38_143685_box_Incident_Summaries_101-172
Agency: Department of War
Page 162
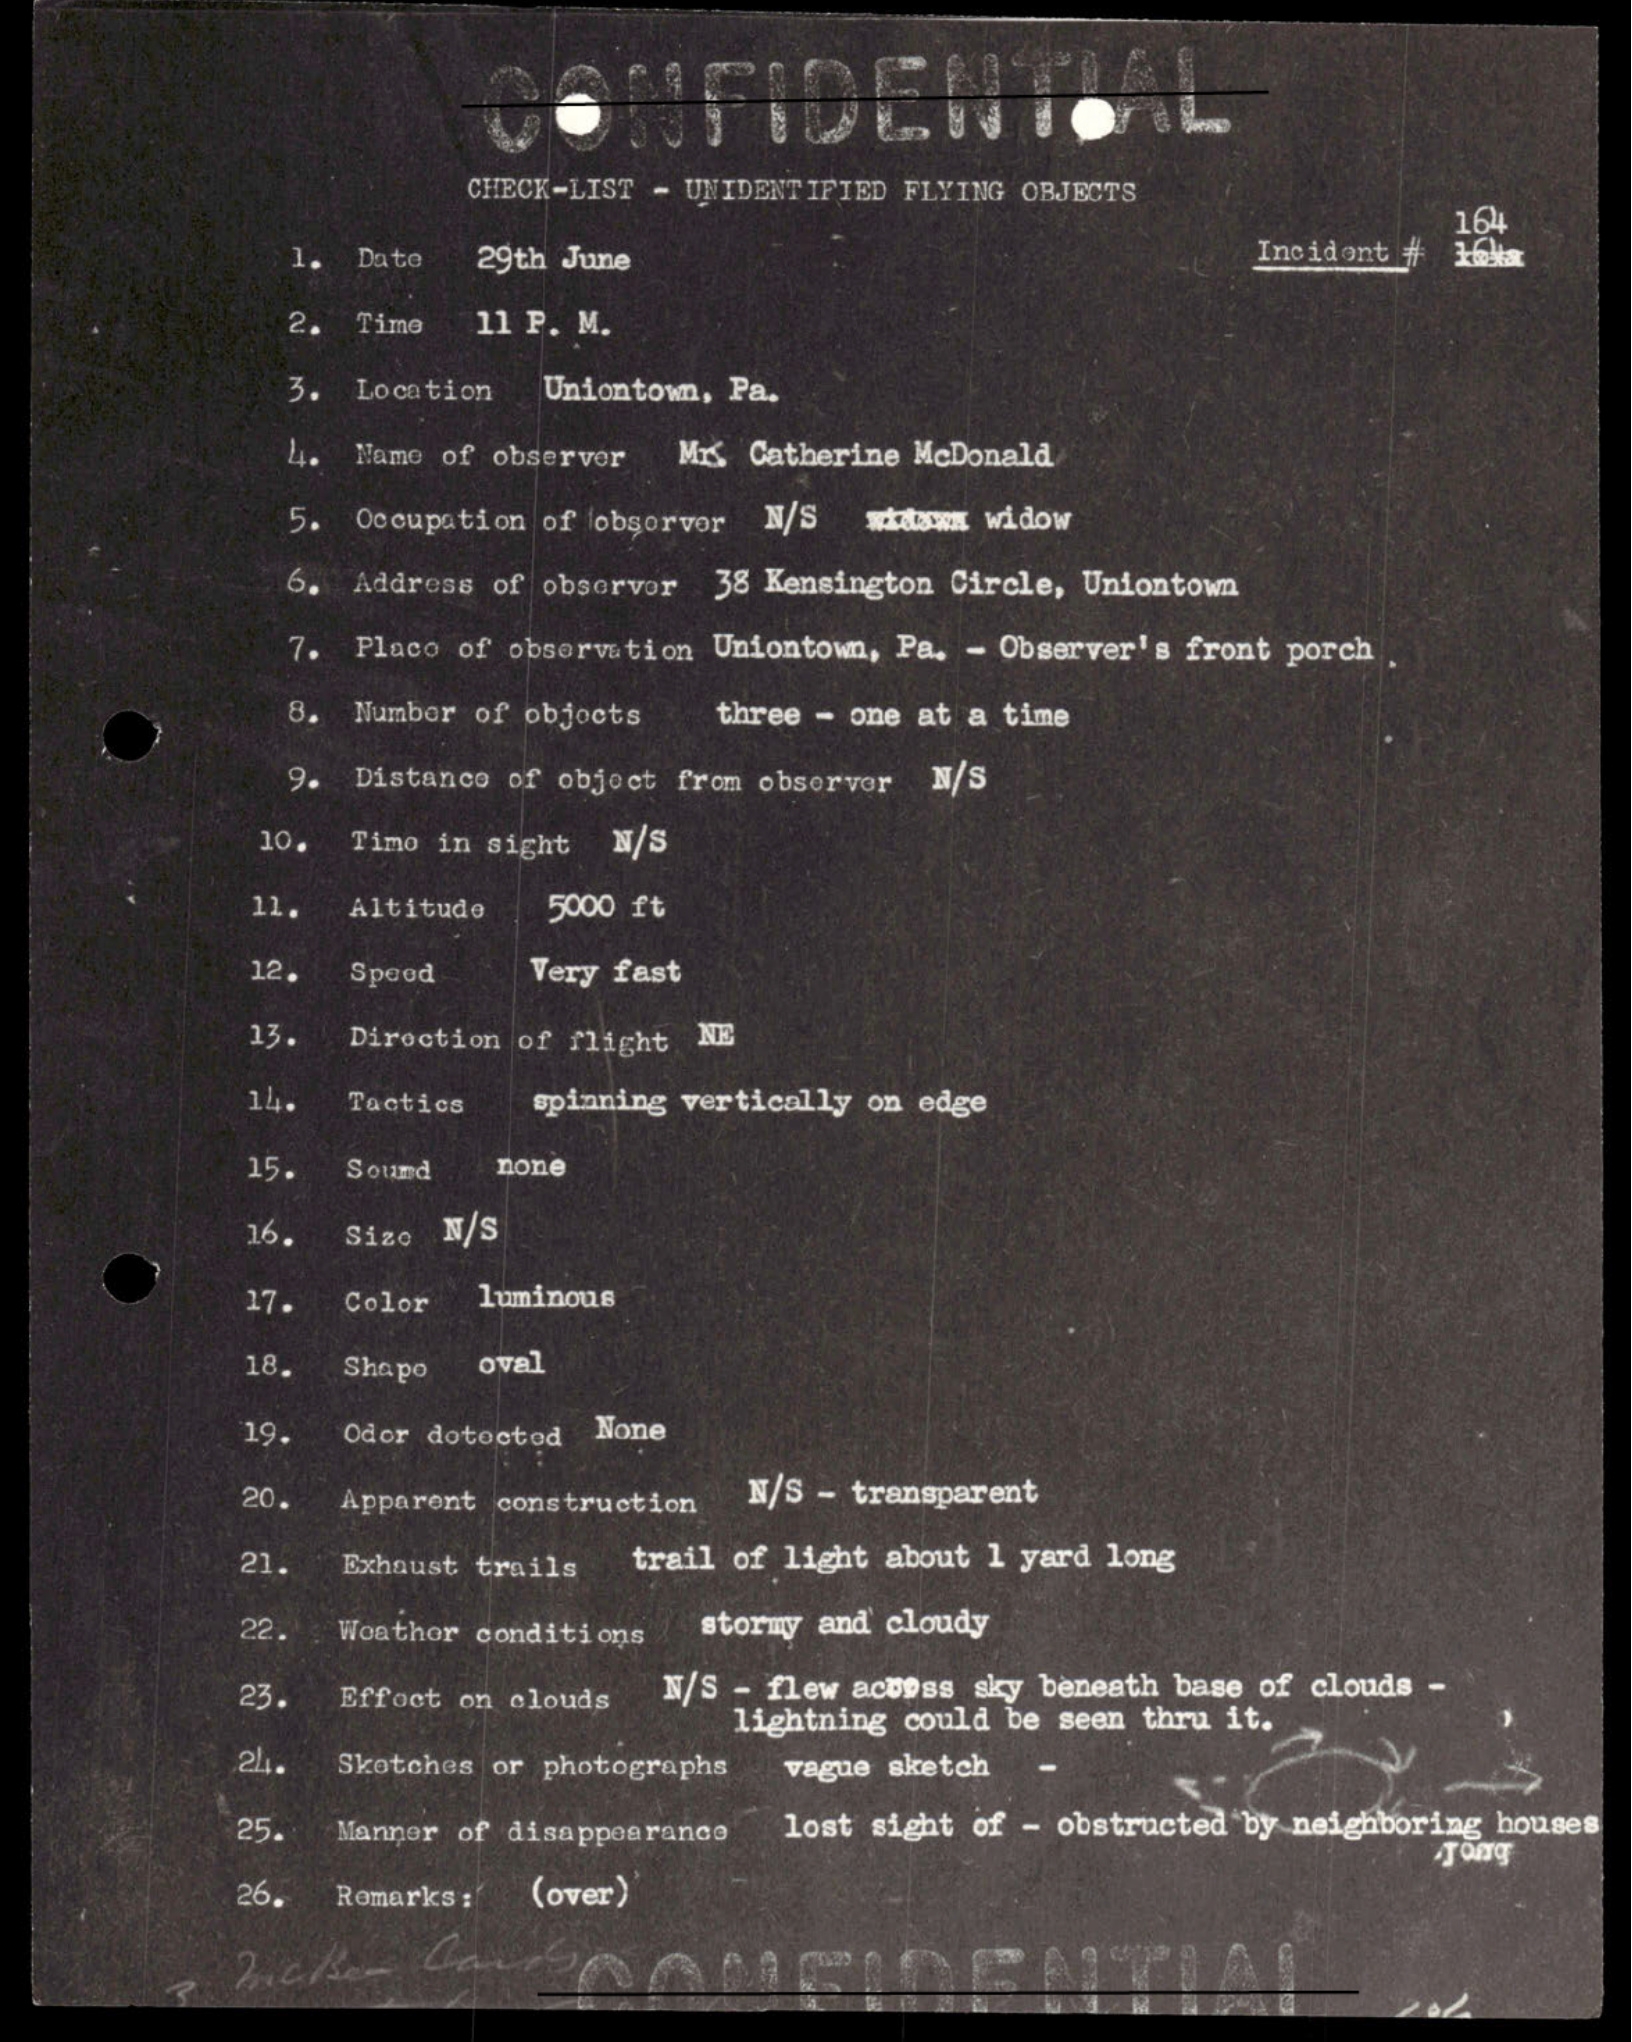